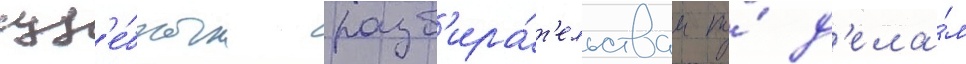
суд'е́бным разб'ира́т'ельствам по́ д'ела́м